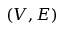
( V , E )